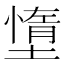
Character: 墯